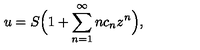
u = S \Big ( 1 + \sum _ { n = 1 } ^ { \infty } n c _ { n } z ^ { n } \Big ) ,